Civil Veterinary Department. Madras. Admin. report 1926-33 - 1926-1933
Year: 1926
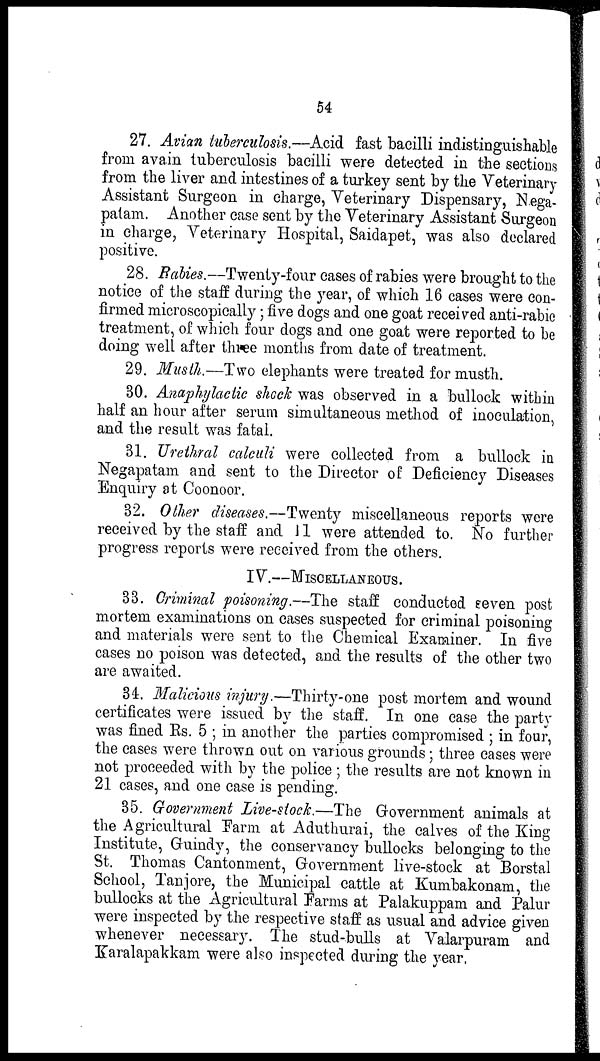
54
27. Avian tuberculosis.—Acid fast bacilli indistinguishable
from avain tuberculosis bacilli were detected in the sections
from the liver and intestines of a turkey sent by the Veterinary
Assistant Surgeon in charge, Veterinary Dispensary, Nega-
patam. Another ease sent by the Veterinary Assistant Surgeon
in charge, Veterinary Hospital, Saidapet, was also declared
positive.
28. Rabies.—Twenty-four cases of rabies were brought to the
notice of the staff during the year, of which 16 cases were con-
firmed microscopically; five dogs and one goat received anti-rabic
treatment, of which four dogs and one goat were reported to be
doing well after three months from date of treatment.
29. Musth.—Two elephants were treated for musth.
30. Anaphylactic shock was observed in a bullock within
half an hour after serum simultaneous method of inoculation,
and the result was fatal.
31. Urethral calculi were collected from a bullock in
Negapatam and sent to the Director of Deficiency Diseases
Enquiry at Coonoor.
32. Other diseases.—Twenty miscellaneous reports were
received by the staff and 11 were attended to. No further
progress reports were received from the others.
IV.—MISCELLANEOUS.
33. Criminal poisoning.—The staff conducted seven post
mortem examinations on cases suspected for criminal poisoning
and materials were sent to the Chemical Examiner. In five
cases no poison was detected, and the results of the other two
are awaited.
34. Malicious injury.—Thirty-one post mortem and wound
certificates were issued by the staff. In one case the party
was fined Rs. 5; in another the parties compromised; in four,
the cases were thrown out on various grounds; three cases were
not proceeded with by the police; the results are not known in
21 cases, and one case is pending.
35. Government Live-stock.—The Government animals at
the Agricultural Farm at Aduthurai, the calves of the King
Institute, Gruindy, the conservancy bullocks belonging to the
St. Thomas Cantonment, Government live-stock at Borstal
School, Tanjore, the Municipal cattle at Kumbakonam, the
bullocks at the Agricultural Farms at Palakuppam and Palur
were inspected by the respective staff as usual and advice given
whenever necessary. The stud-bulls at Valarpuram and
Karalapakkam were also inspected during the year.